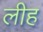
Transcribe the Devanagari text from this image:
लीह